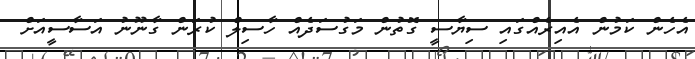
އެހެން ކަމުން އެއިރެއްގައި ސިޔާސީ ގޮތުން މަގުސަދެއް ހާސިލް ކުރަން ގާނޫނު އަސާސީއަށް